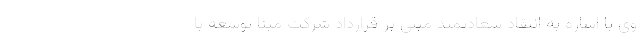
وی با اشاره به انتقاد سعادتمند مبنی بر قرارداد شرکت مبنا توسعه با